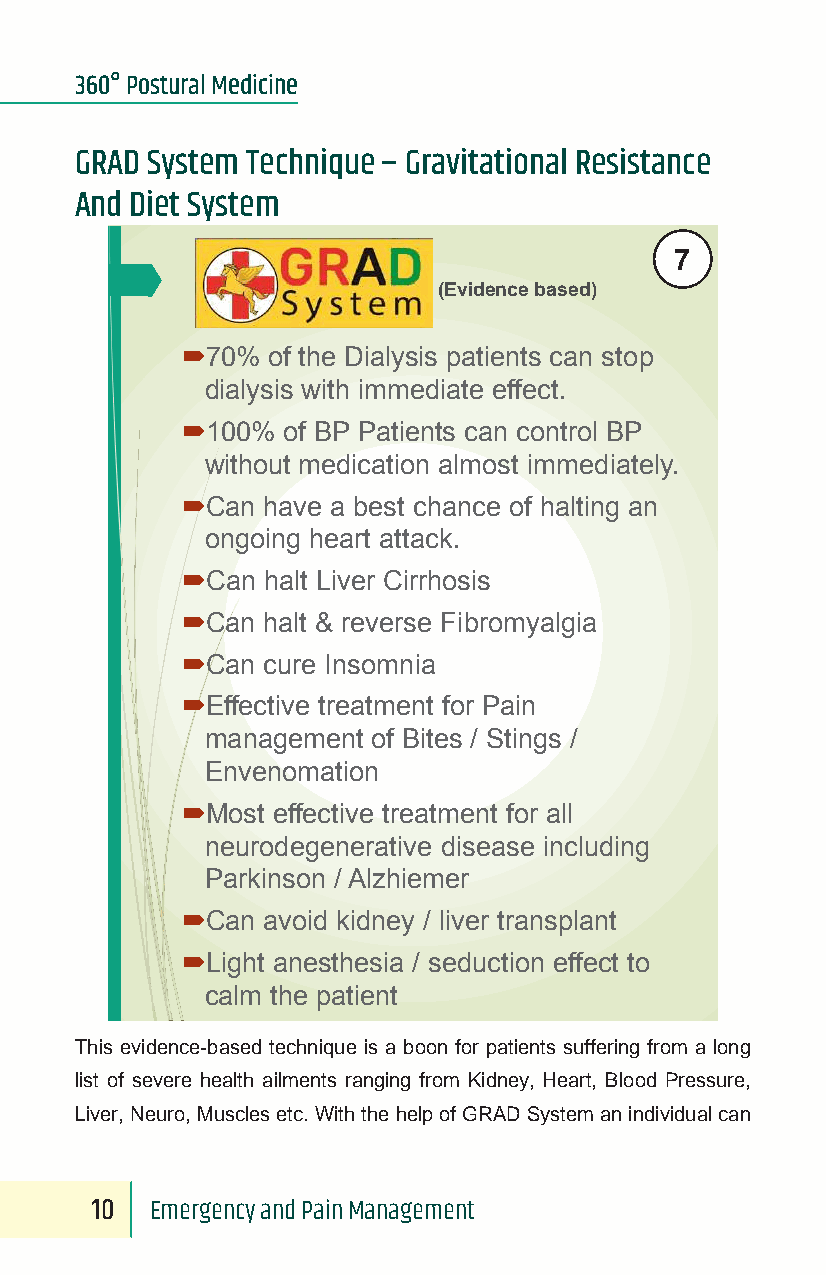
360° Postural Medicine
 GRAD System Technique – Gravitational Resistance
 And Diet System
 7
 (Evidence based)
 70%  of the Dialysis patients can stop
 dialysis with immediate effect.
 100%  of BP Patients can control BP
 without medication almost immediately.
 Can have a best chance of halting an
 ongoing heart attack.
 Can halt Liver Cirrhosis
 Can halt & reverse Fibromyalgia
 Can cure Insomnia
 Effective treatment for Pain
 management of Bites / Stings /
 Envenomation
 Most effective treatment for all
 neurodegenerative disease including
 Parkinson / Alzhiemer
 Can avoid kidney / liver transplant
 Light anesthesia / seduction effect to
 calm the patient
 This evidence-based technique is a boon for patients suffering from a long
 list of severe health ailments ranging from Kidney, Heart, Blood Pressure,
 Liver, Neuro, Muscles etc. With the help of GRAD System an individual can
 10  Emergency and Pain Management